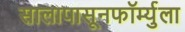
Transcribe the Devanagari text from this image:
सालापासूनफॉर्म्युला